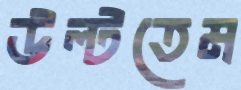
উল্‌টতেম